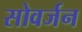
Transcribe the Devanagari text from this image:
सोवर्जन